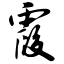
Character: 霞